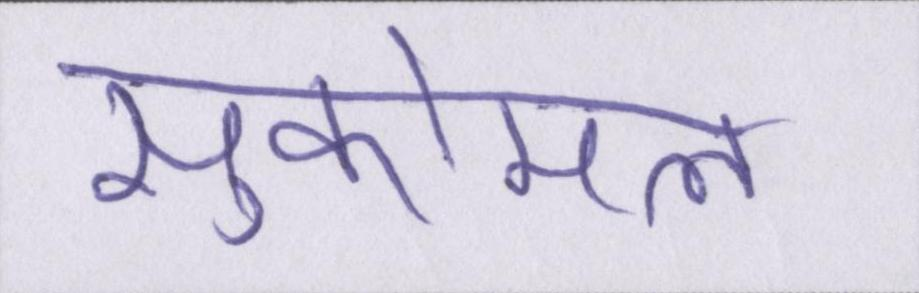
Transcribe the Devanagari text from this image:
सुकोमल